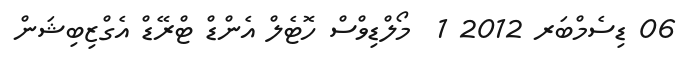
06 ޑިސެމްބަރ 2012 1  މޯލްޑިވްސް ހޮޓެލް އެންޑް ޓްރޭޑް އެގްޒިބިޝަން